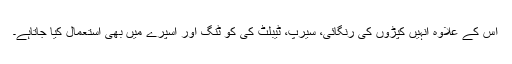
اس کے علاوہ انہیں کپڑوں کی رنگائی، سیرپ، ٹیبلٹ کی کو ٹنگ اور اسپرے میں بھی استعمال کیا جاتاہے۔